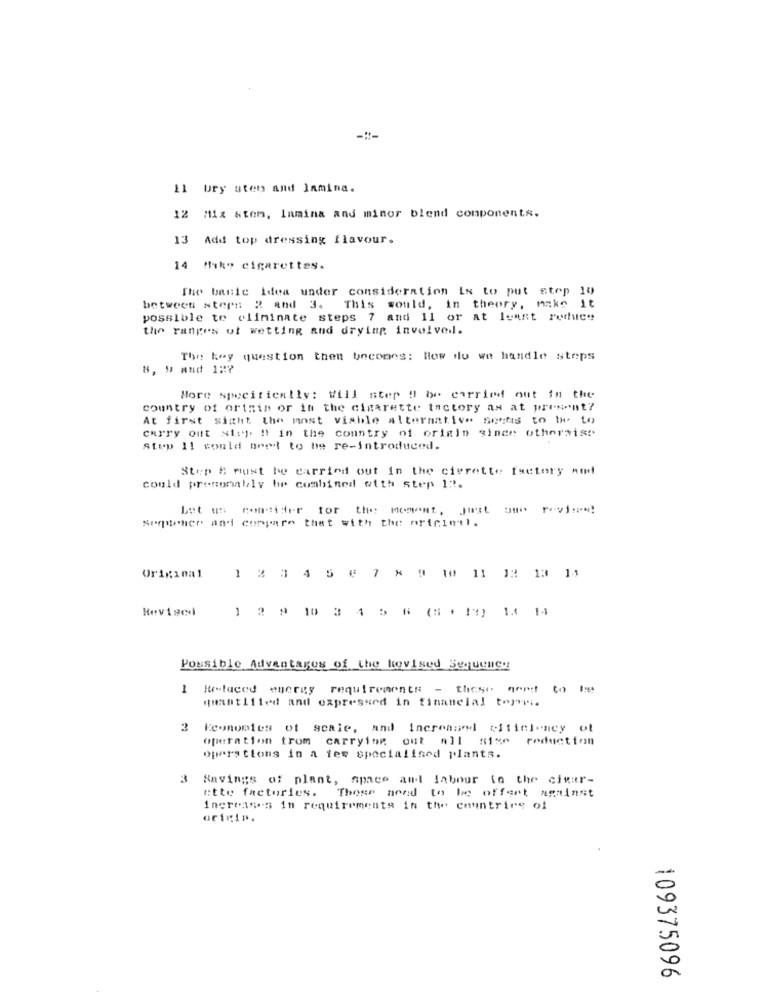
El ury sten and lamina.
12 Mix stem, lamina and minor blend components.
13 Add top dressing flavour.
14 Mike cigarettes.
The banie idea under consideration is to put step 10)
This would, in theory, make it
between stern 2 and 3.
possible to eliminate steps 7 and 11 or at least reduce
the ranges of wetting and drying involved.
The key question then becomes: How do we handle steps
More specifically: Will step ! be carried out in the
country of ortsin or in the cigarette tactory as at present?
At first sight the most viable alternative seems to be to
curry out step " in the country of origin since othersist
Step 11 could oned to be re-introduced.
Step & must be carried out in the cierette factory and
could presumably he combined with step 12.
Let us consider tor the moment, just one ravi :- "!
Spetteher and compare that with the original.
Original
12345 € 7
× 4 10 11 12 13 11
1 2 9 10 3
4 5
(S . 13)
1. 14
Possible Advantages of the kovised Sequency
1
It-laced encrey requirements - these need to le
quantliled and expressed in financial torri.
3 Economies of scale, and Increased cificiency ot
operation trom carrying out all sise reduction
opers tions in a ies specialised plants.
3
Savings of plant, space and labour in the cigar-
ette factories. These need to be offert against
increases in requirements in the countries of
origi».
109375096